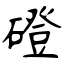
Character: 磴